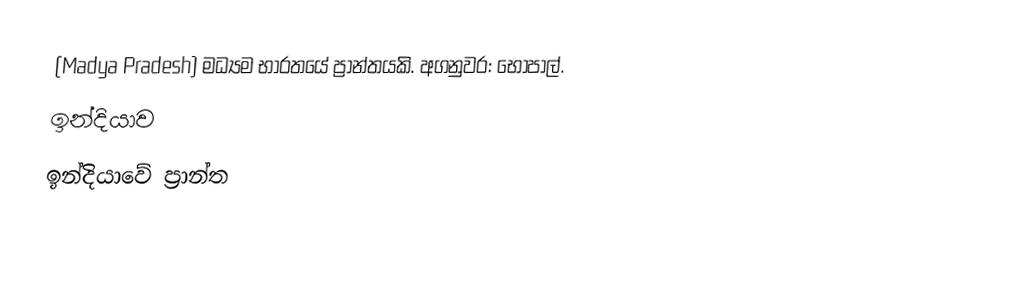
(Madya Pradesh) මධ්‍යම භාරතයේ ප්‍රාන්තයකි. අගනුවර: භෝපාල්.
ඉන්දියාව
ඉන්දියාවේ ප්‍රාන්ත